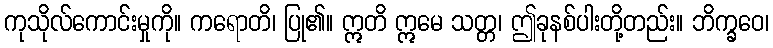
ကုသိုလ်ကောင်းမှုကို။ ကရောတိ၊ ပြု၏။ ဣတိ ဣမေ သတ္တ၊ ဤခုနစ်ပါးတို့တည်း။ ဘိက္ခဝေ၊